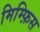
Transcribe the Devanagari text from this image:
मिम्फ़िस